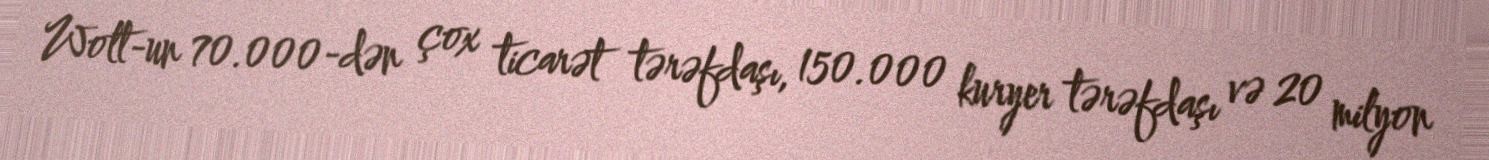
Wolt-un 70.000-dən çox ticarət tərəfdaşı, 150.000 kuryer tərəfdaşı və 20 milyon